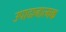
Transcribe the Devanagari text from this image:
उपादानात्मक